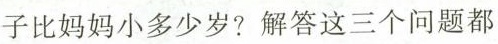
子比妈妈小多少岁？解答这三个问题都